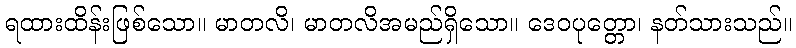
ရထားထိန်းဖြစ်သော။ မာတလိ၊ မာတလိအမည်ရှိသော။ ဒေဝပုတ္တော၊ နတ်သားသည်။